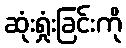
ဆုံးရှုံးခြင်းကို